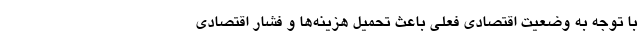
با توجه به وضعیت اقتصادی فعلی باعث تحمیل هزینه‌ها و فشار اقتصادی